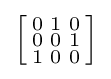
\left[{\begin{smallmatrix}0&1&0\\0&0&1\\1&0&0\\\end{smallmatrix}}\right]